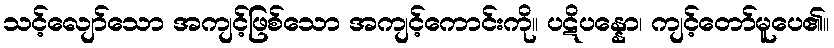
သင့်လျော်သော အကျင့်ဖြစ်သော အကျင့်ကောင်းကို။ ပဋိပန္နော၊ ကျင့်တော်မူပေ၏။